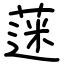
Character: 蒾